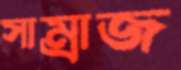
সাম্রাজ